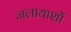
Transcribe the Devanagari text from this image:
जलायाशों